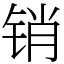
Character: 销